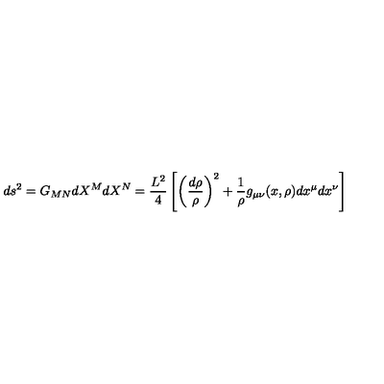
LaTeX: d s ^ { 2 } = G _ { M N } d X ^ { M } d X ^ { N } = \frac { L ^ { 2 } } { 4 } \left[ \left( \frac { d \rho } { \rho } \right) ^ { 2 } + \frac { 1 } { \rho } g _ { \mu \nu } ( x , \rho ) d x ^ { \mu } d x ^ { \nu } \right]